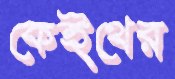
কেইথের